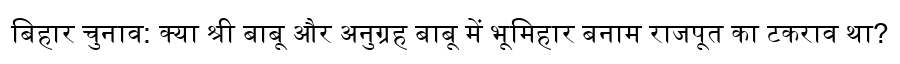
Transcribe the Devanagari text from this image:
बिहार चुनाव: क्या श्री बाबू और अनुग्रह बाबू में भूमिहार बनाम राजपूत का टकराव था?